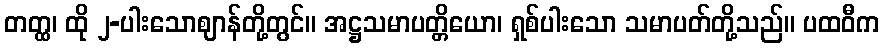
တတ္ထ၊ ထို ၂-ပါးသောဈာန်တို့တွင်။ အဋ္ဌသမာပတ္တိယော၊ ရှစ်ပါးသော သမာပတ်တို့သည်။ ပထဝီက